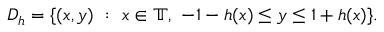
D _ { h } = \{ ( x , y ) \ : \ x \in \mathbb { T } , \ - 1 - h ( x ) \leq y \leq 1 + h ( x ) \} .